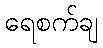
ရေစက်ချ